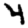
Digit: 4